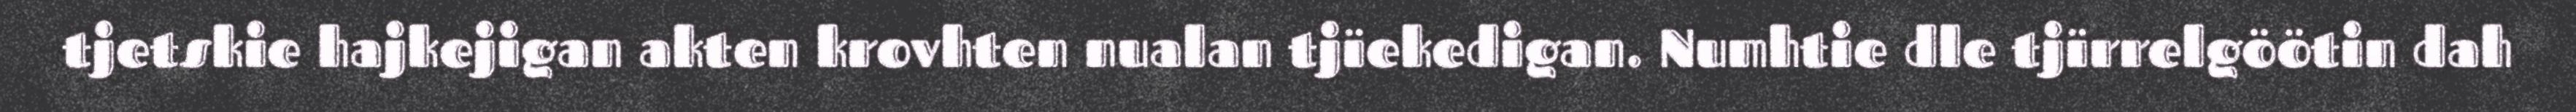
tjetskie hajkejigan akten krovhten nualan tjïekedigan. Numhtie dle tjïrrelgöötin dah